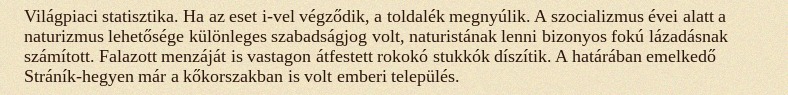
Világpiaci statisztika. Ha az eset i-vel végződik, a toldalék megnyúlik. A szocializmus évei alatt a naturizmus lehetősége különleges szabadságjog volt, naturistának lenni bizonyos fokú lázadásnak számított. Falazott menzáját is vastagon átfestett rokokó stukkók díszítik. A határában emelkedő Stráník-hegyen már a kőkorszakban is volt emberi település.